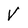
Character: V